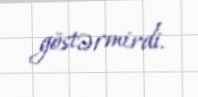
göstərmirdi.